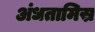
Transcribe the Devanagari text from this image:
अंधतामिस्र